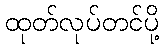
ထုတ်လုပ်တင်ပို့